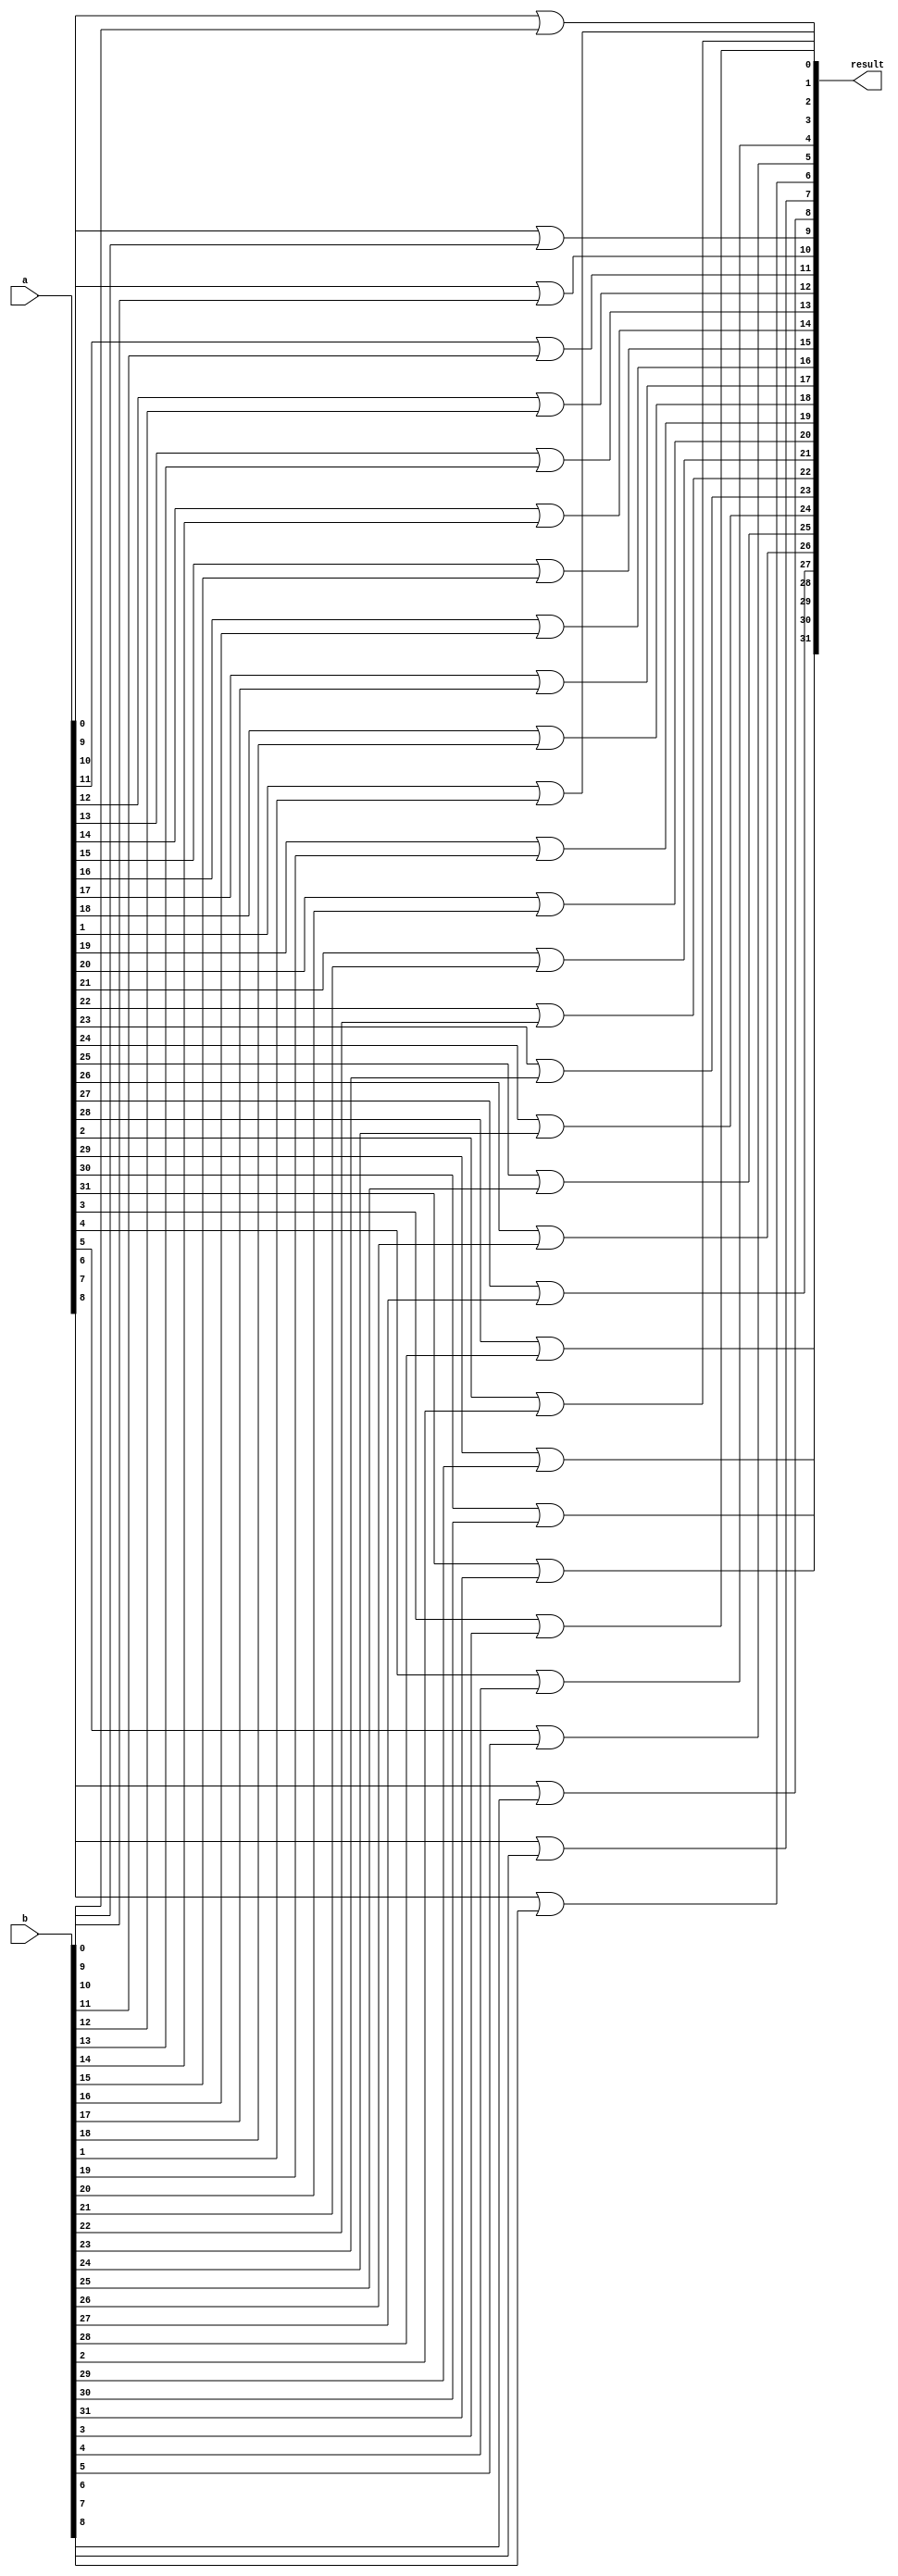
`timescale 1ns / 1ps
//////////////////////////////////////////////////////////////////////////////////
// Company: 
// Engineer: 
// 
// Design Name: 
// Module Name:    Para_Or 
// Project Name: 
// Target Devices: 
// Tool versions: 
// Description: 
//
// Dependencies: 
//
// Revision: 
// Revision 0.01 - File Created
// Additional Comments: 
//
//////////////////////////////////////////////////////////////////////////////////
module Para_Or(result, a, b);

parameter W = 32;

input [W-1:0] a, b;
output [W-1:0] result;

genvar i;
generate
	for(i = 0; i < W; i = i + 1)
		begin: or_er
		or o1 (result[i], a[i], b[i]);
		end

endgenerate


endmodule